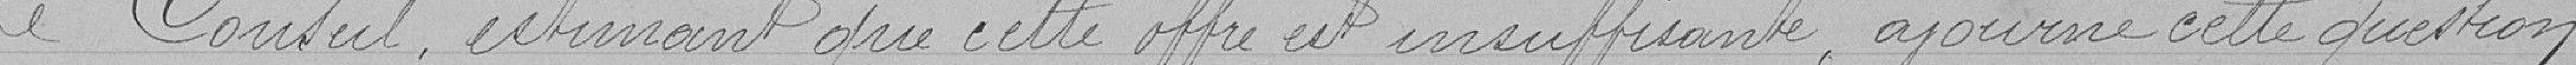
Le Conseil estimant que cette offre est insuffisante, ajourne cette question.